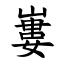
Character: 㟺